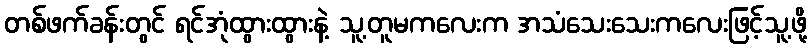
တစ်ဖက်ခန်းတွင် ရင်အုံထွားထွားနဲ့ သူ့တူမကလေးက အသံသေးသေးကလေးဖြင့်သူ့ဖို့